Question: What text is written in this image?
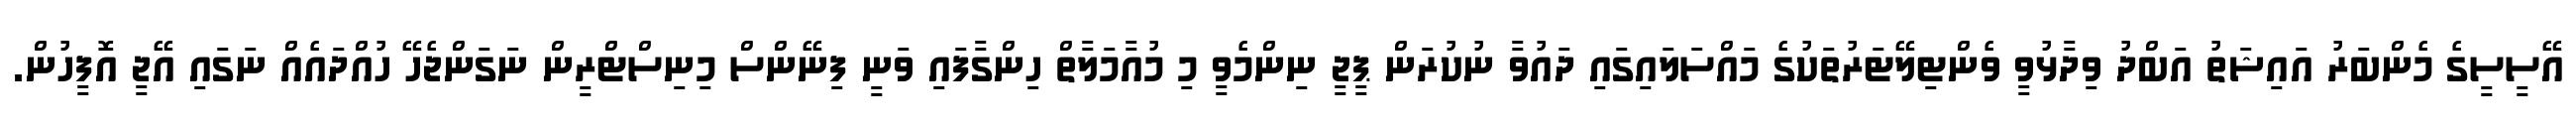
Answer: އޭސީސީގެ މެންބަރު އައިޝަތު އަބްދު ވިދާޅުވީ ވެންޓިލޭޓަރުތަކުގެ މައްސަލައިގައި ދައުވާ ނުކުރަން ޕީޖީ ނިންމެވީ މި މުއާމަލާތް ހިންގާފައި ވަނީ ފިނޭންސް މިނިސްޓްރީން ނަގަންޖެހޭ ހުއްދައެއް ނަގައި އޭޖީ އޮފީހުން.